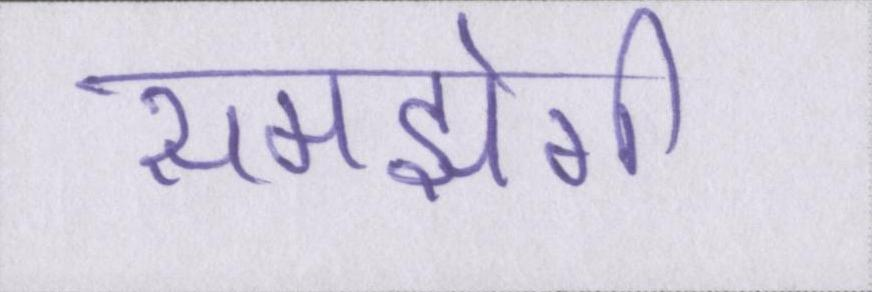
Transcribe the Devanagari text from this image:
समझेगी